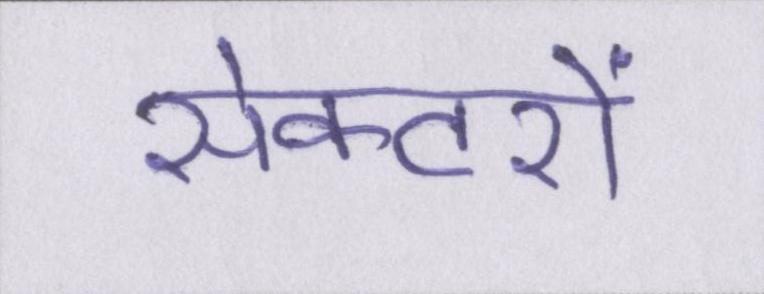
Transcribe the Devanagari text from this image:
सेक्टरों